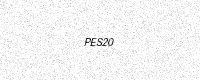
Text: PES20